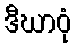
ဒီဃာဝုံ